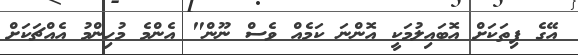
އޭގެ ފިތަކަށް އޮބައިލުމަކީ އޮންނަ ކަމެއް ވެސް ނޫން" އެންމެ މުހިންމު އެއްޗަކަށް